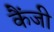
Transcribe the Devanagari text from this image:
कैंजी